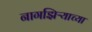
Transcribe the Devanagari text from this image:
नागझिऱ्याच्या